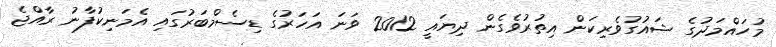
މުހައްމަދުގެ ޝައުގުވެރިކަން އިތުރުވެގެން ދިޔައީ 2012 ވަނަ އަހަރުގެ ޑިސެމްބަރުގައި އެމަނިކުފާނު ރާއްޖެ